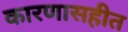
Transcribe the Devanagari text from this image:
कारणासहीत